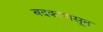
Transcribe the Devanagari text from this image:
बदकापासून